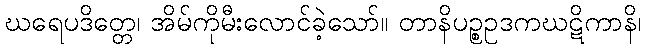
ဃရေပဒိတ္တေ၊ အိမ်ကိုမီးလောင်ခဲ့သော်။ တာနိပဉ္စဥဒကဃဋိကာနိ၊